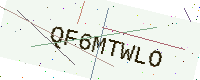
Text: QF6MTWLO